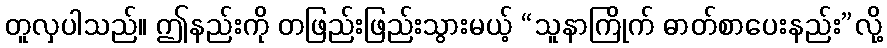
တူလှပါသည်။ ဤနည်းကို တဖြည်းဖြည်းသွားမယ့် “သူနာကြိုက် ဓာတ်စာပေးနည်း”လို့